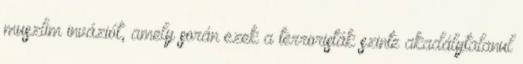
muszlim inváziót, amely során ezek a terroristák szinte akadálytalanul